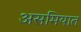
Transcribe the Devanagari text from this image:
असमियात